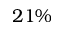
2 1 \%